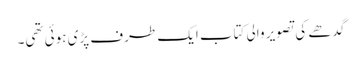
گدھے کی تصویر والی کتاب ایک طرف پڑی ہوئی تھی۔